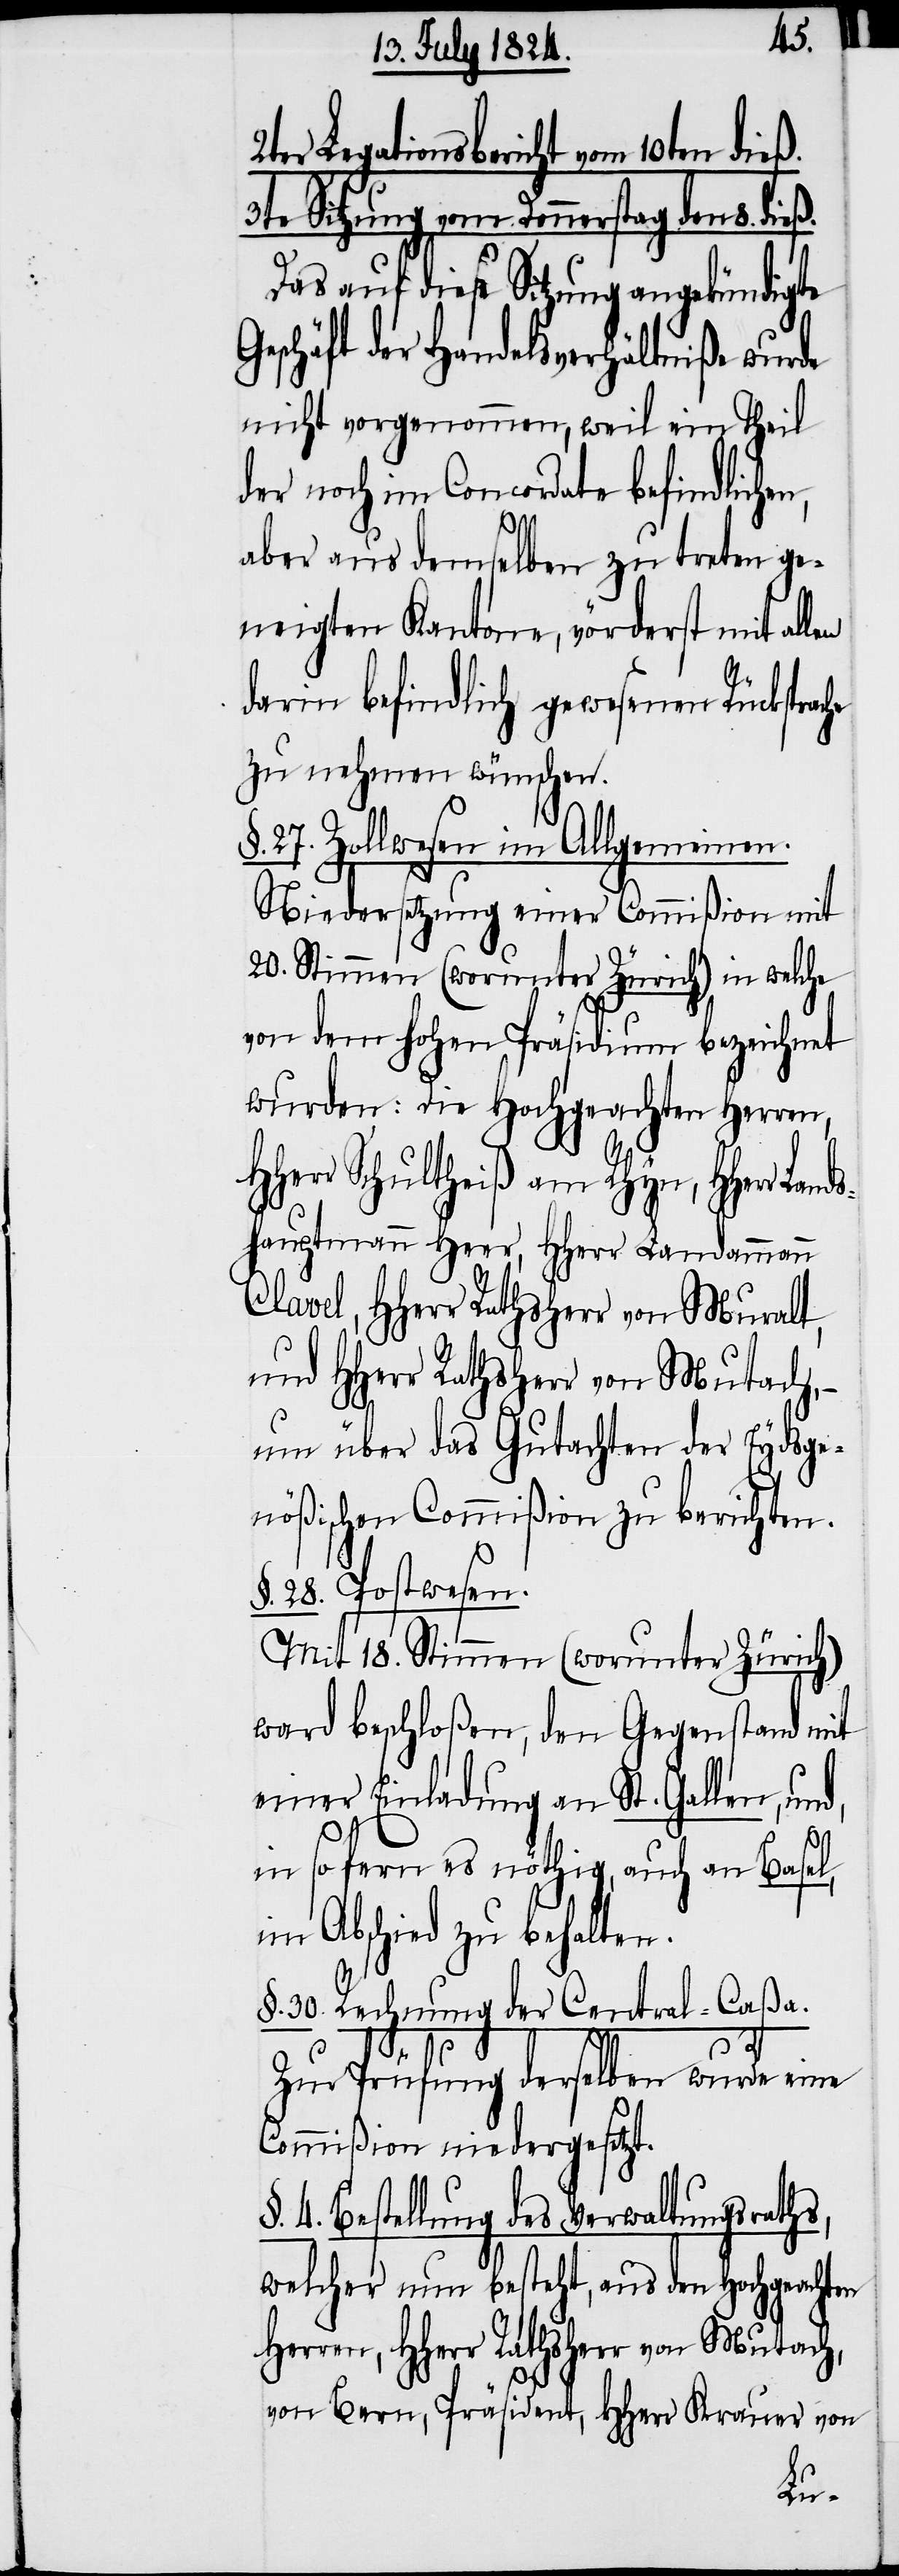
Legationsbericht vom 10ten dieß.
3te Sitzung vom Donnerstag den 8. die¬
Das auf diese Sitzung angekündigte
Geschäft der Handelsverhältniße wurde
nicht vorgenommen, weil ein Theil
der noch im Concordate befindliche¬
aber aus demselben zu treten ge¬
neigten Kantone, vörderst mit allen
darin befindlich gewesenen Rücksprac¬
zu nehmen wünschen.
§. 27. Zollwesen im Allgemeinen.
Niedersetzung einer Commißion mit
20. Stimmen (worunter Zürich) in welche
von dem hohen Präsidium bezeichnet
wurden, die Hochgeachten Herren;
Herr Schultheiß am Rhyn, HHerrn
shauptmann Heer, HHerr Landammann
Clavel, HHerr Rathsherr von Muralt,
und HHerr Rathsherr von Mutach, –
um über das Gutachten der Eydsge¬
nößischen Commißion zu berichten.
§. 28. Postwesen.
Mit 18. Stimmen (worunter Zürich)
ward beschloßen, den Gegenstand mit
einer Einladung an St. Gallen, und,
he
in so fern es nöthig, auch an Basel,
im Abschied zu behalten.
§. 30. Rechnung der Central-Caßa.
§.
Zur Prüfung derselben wurde eine
Commißion niedergesetzt.
4. Bestellung des Verwaltungsraths,
welcher nun besteht, aus den Hochgeachten
Herren, HHerr Rathsherr von Mutach,
von Bern, Präsident, HHerr Krauer von
Land¬